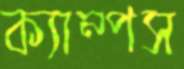
ক্যাম্পস